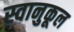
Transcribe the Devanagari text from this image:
स्वानुकूल